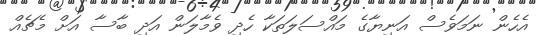
އެހެން ނަމަވެސް އަނިޔާގެ މައްސަލަތަކާ ހެދި ވެމާލަން އަދި ބާސާ އަށް މެޗެއް